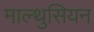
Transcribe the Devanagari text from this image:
माल्थुसियन